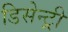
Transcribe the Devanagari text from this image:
डिसेन्ट्री